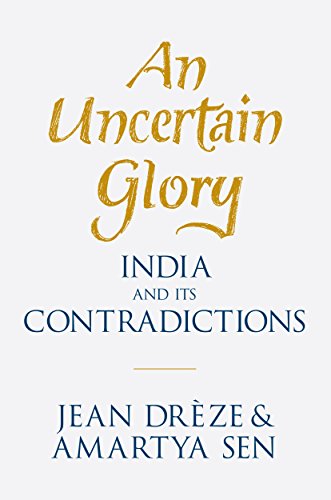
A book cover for An Uncertain Glory: India and its Contradictions; Jean DrÃ¨ze; History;